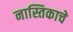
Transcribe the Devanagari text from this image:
नास्तिकाचे